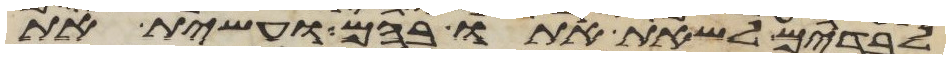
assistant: לבדים לשאת אתו בהם ועשית את